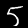
Label: 5